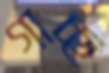
গাচ্ছ